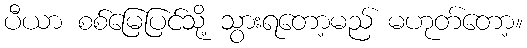
ပီယာ စစ်မြေပြင်သို့ သွားရတော့မည် မဟုတ်တော့။